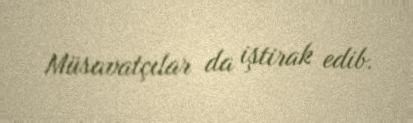
Müsavatçılar da iştirak edib.